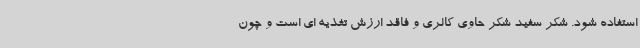
استفاده شود. شکر سفید شکر حاوی کالری و فاقد ارزش تغذیه ای است و چون